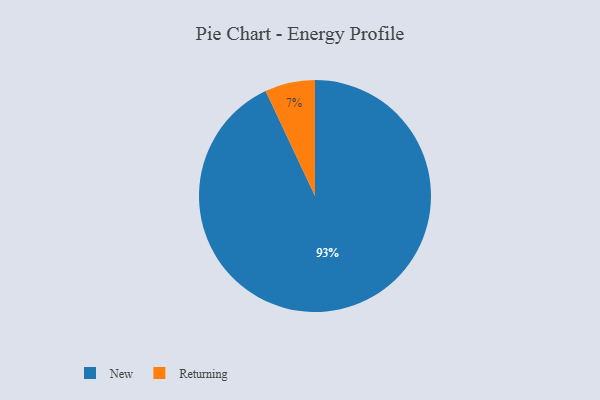
{"axis": {"x": "Category", "y": "Percentage"}, "legend": ["New", "Returning"], "data": [{"x": "Returning", "y": 7, "type": "Returning"}, {"x": "New", "y": 93, "type": "New"}]}